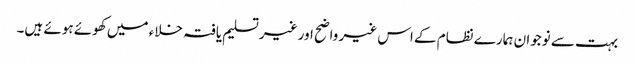
بہت سے نوجوان ہمارے نظام کے اس غیر واضح اور غیر تسلیم یافتہ خلاء میں کھوئے ہوئے ہیں۔